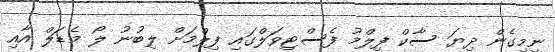
ނިމިގެން ދިޔަ ސާކް ފިލްމު ފެސްޓިވަލްގައި ފިލްމަށް ލިބުނު ލޯ މެޑަލް އާއި